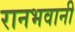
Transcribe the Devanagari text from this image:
रानभवानी